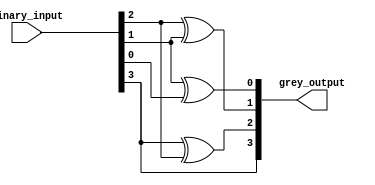
module b2g(binary_input, grey_output);
	input [3:0]binary_input;
	output [3:0]grey_output;
		function [3:0]binary2grey;
		  input [3:0]answer;
		  integer i;
			begin
				binary2grey[3]=answer[3];
					for (i = 3 ;i>0 ;i=i-1 ) 
						begin
							binary2grey[i-1]=answer[i]^answer[i-1];
						end
			end
		endfunction
	assign grey_output=binary2grey(binary_input);
endmodule

module tbb2g();
	reg [3:0]binary_input;
	wire [3:0]grey_output;
	initial
		begin
			binary_input=4'b0011;
			#30 binary_input=4'b0001;
			#1000 $stop;
		end
	b2g b1(
		.binary_input	(binary_input),
		.grey_output	(grey_output));
endmodule